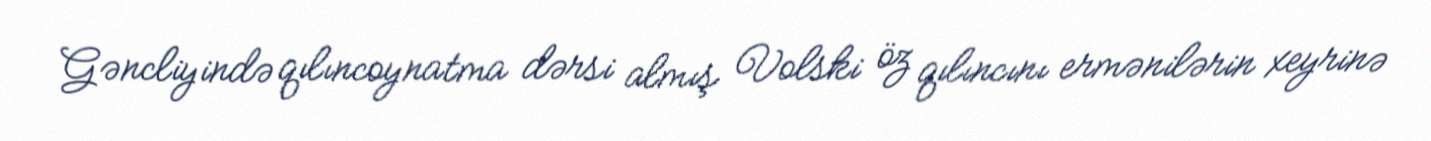
Gəncliyində qılıncoynatma dərsi almış Volski öz qılıncını ermənilərin xeyrinə